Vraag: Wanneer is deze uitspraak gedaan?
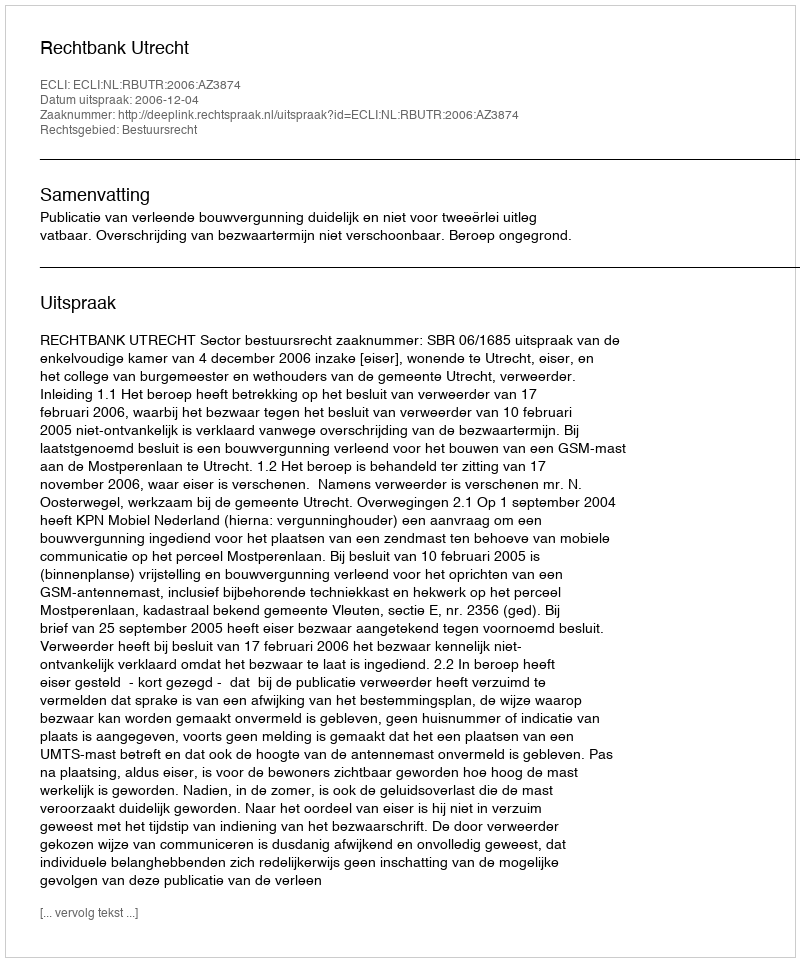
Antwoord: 2006-12-04